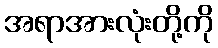
အရာအားလုံးတို့ကို